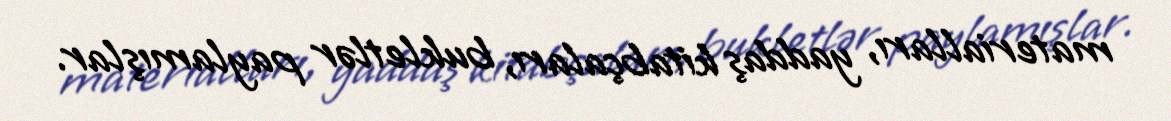
materialları, yaddaş kitabçaları, bukletlər paylamışlar.